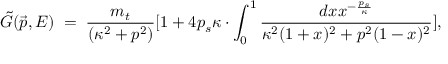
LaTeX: \tilde { G } ( \vec { p } , E ) \; = \; \frac { m _ { t } } { ( \kappa ^ { 2 } + p ^ { 2 } ) } [ 1 + 4 p _ { s } \kappa \cdot \int _ { 0 } ^ { 1 } \frac { d x x ^ { - \frac { p _ { s } } { \kappa } } } { \kappa ^ { 2 } ( 1 + x ) ^ { 2 } + p ^ { 2 } ( 1 - x ) ^ { 2 } } ] ,